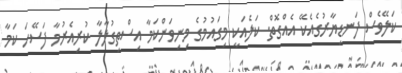
ކަލޭވެސް ފަނޑިޔާރުގެއެކޭ އެއްގޮތް. ކަލެއަކީ މިގައުމުގެ މިނިވަންކަމާ އިސްތިގުލާލާ ކުރިއެރުމާ ފަސޭހަ ކަމާ